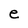
Character: e